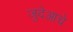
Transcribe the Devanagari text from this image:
जुदेआचे